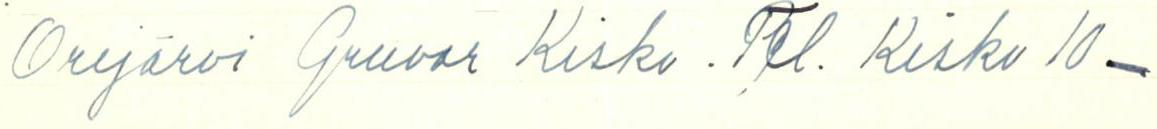
Orijärvi Gruvor Kisko. Tel. Kisko 10 -